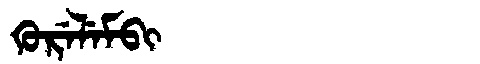
Manchu: ᡴᡠᡵᡝᠯᡝᠮᠪᡳ
Romanization: KURELEMBI